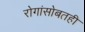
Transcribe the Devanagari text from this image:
रोगांसोबतही